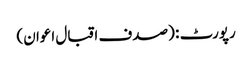
رپورٹ : (صدف اقبال اعوان)